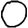
Digit: 0